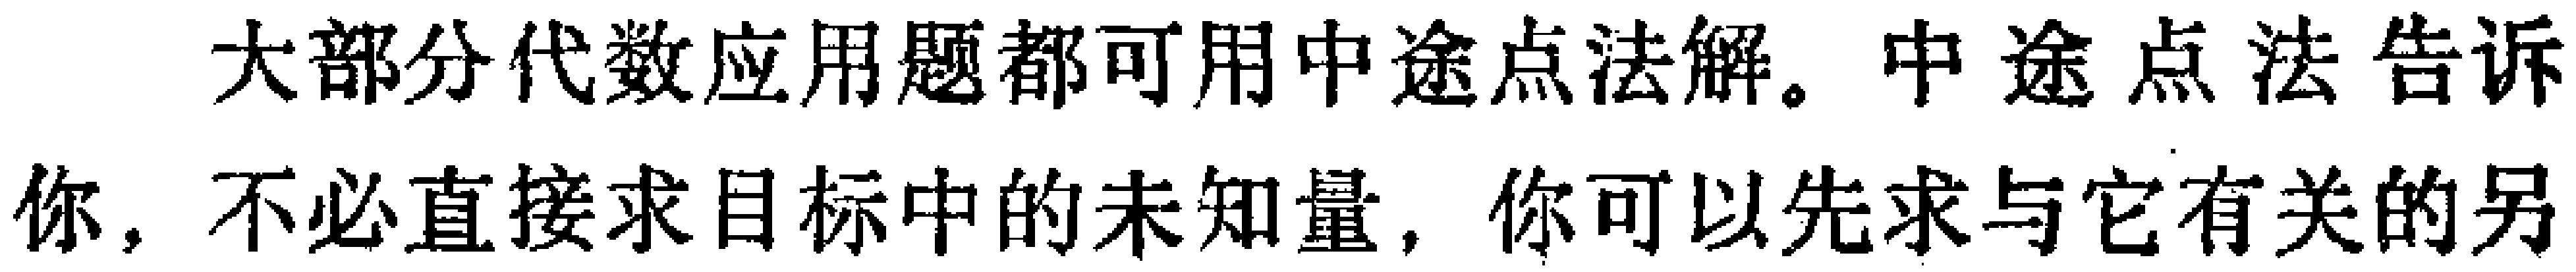
大部分代数应用题都可用中途点法解。中途点法告诉你，不必直接求目标中的未知量，你可以先求与它有关的另